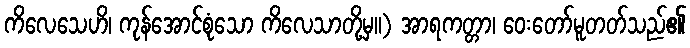
ကိလေသေဟိ၊ ကုန်အောင်စုံသော ကိလေသာတို့မှ။) အာရကတ္တာ၊ ဝေးတော်မူတတ်သည်၏